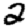
Digit: 2